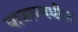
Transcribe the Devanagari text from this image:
बाजारमधील